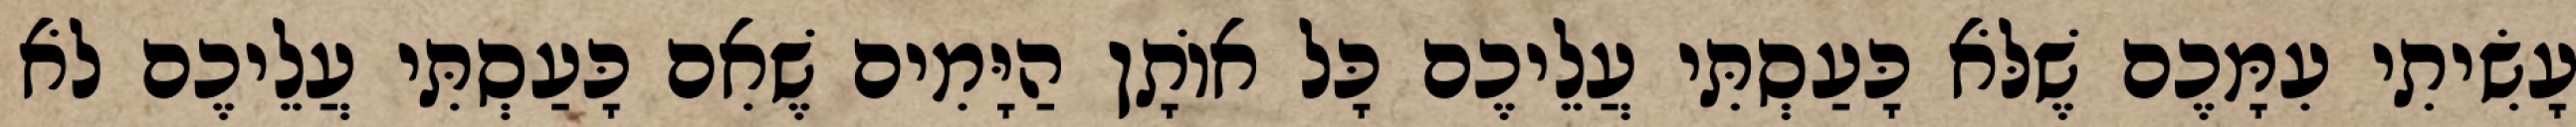
עָשִׂיתִי עִמָּכֶם שֶׁלֹּא כָּעַסְתִּי עֲלֵיכֶם כָּל אוֹתָן הַיָּמִים שֶׁאִם כָּעַסְתִּי עֲלֵיכֶם לֹא